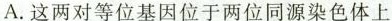
A.这两对等位基因位于两位同源染色体上